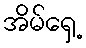
အိမ်ရှေ့